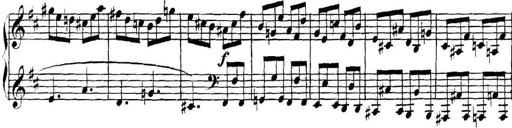
Title: Collected Piano Sonatas
Composer: Muzio Clementi